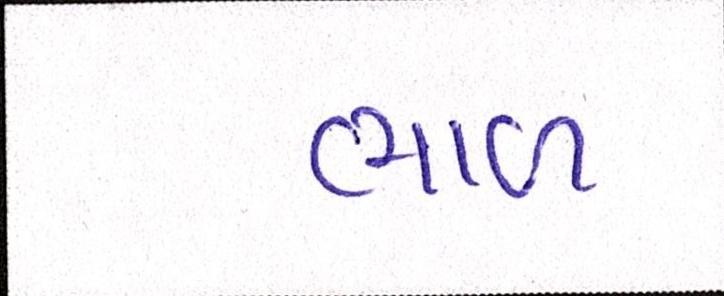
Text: ભાળ